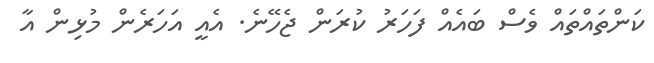
ކަންތައްތައް ވެސް ބައެއް ފަހަރު ކުރަން ޖެހޭނެ. އެއީ އަހަރެން މުޅިން އާ